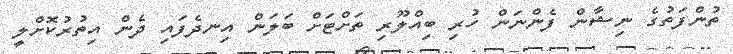
ތުންފަތުގެ ނިޝާން ފެންނަން ހުރި ބިއްލޫރި ތަށްޓަށް ބަލަން އިނދެފައި ދެން އިތުރުކޮށްލީ